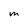
Character: M